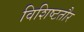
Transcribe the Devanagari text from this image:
विशिष्टतौर